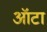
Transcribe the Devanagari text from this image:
ऑटा